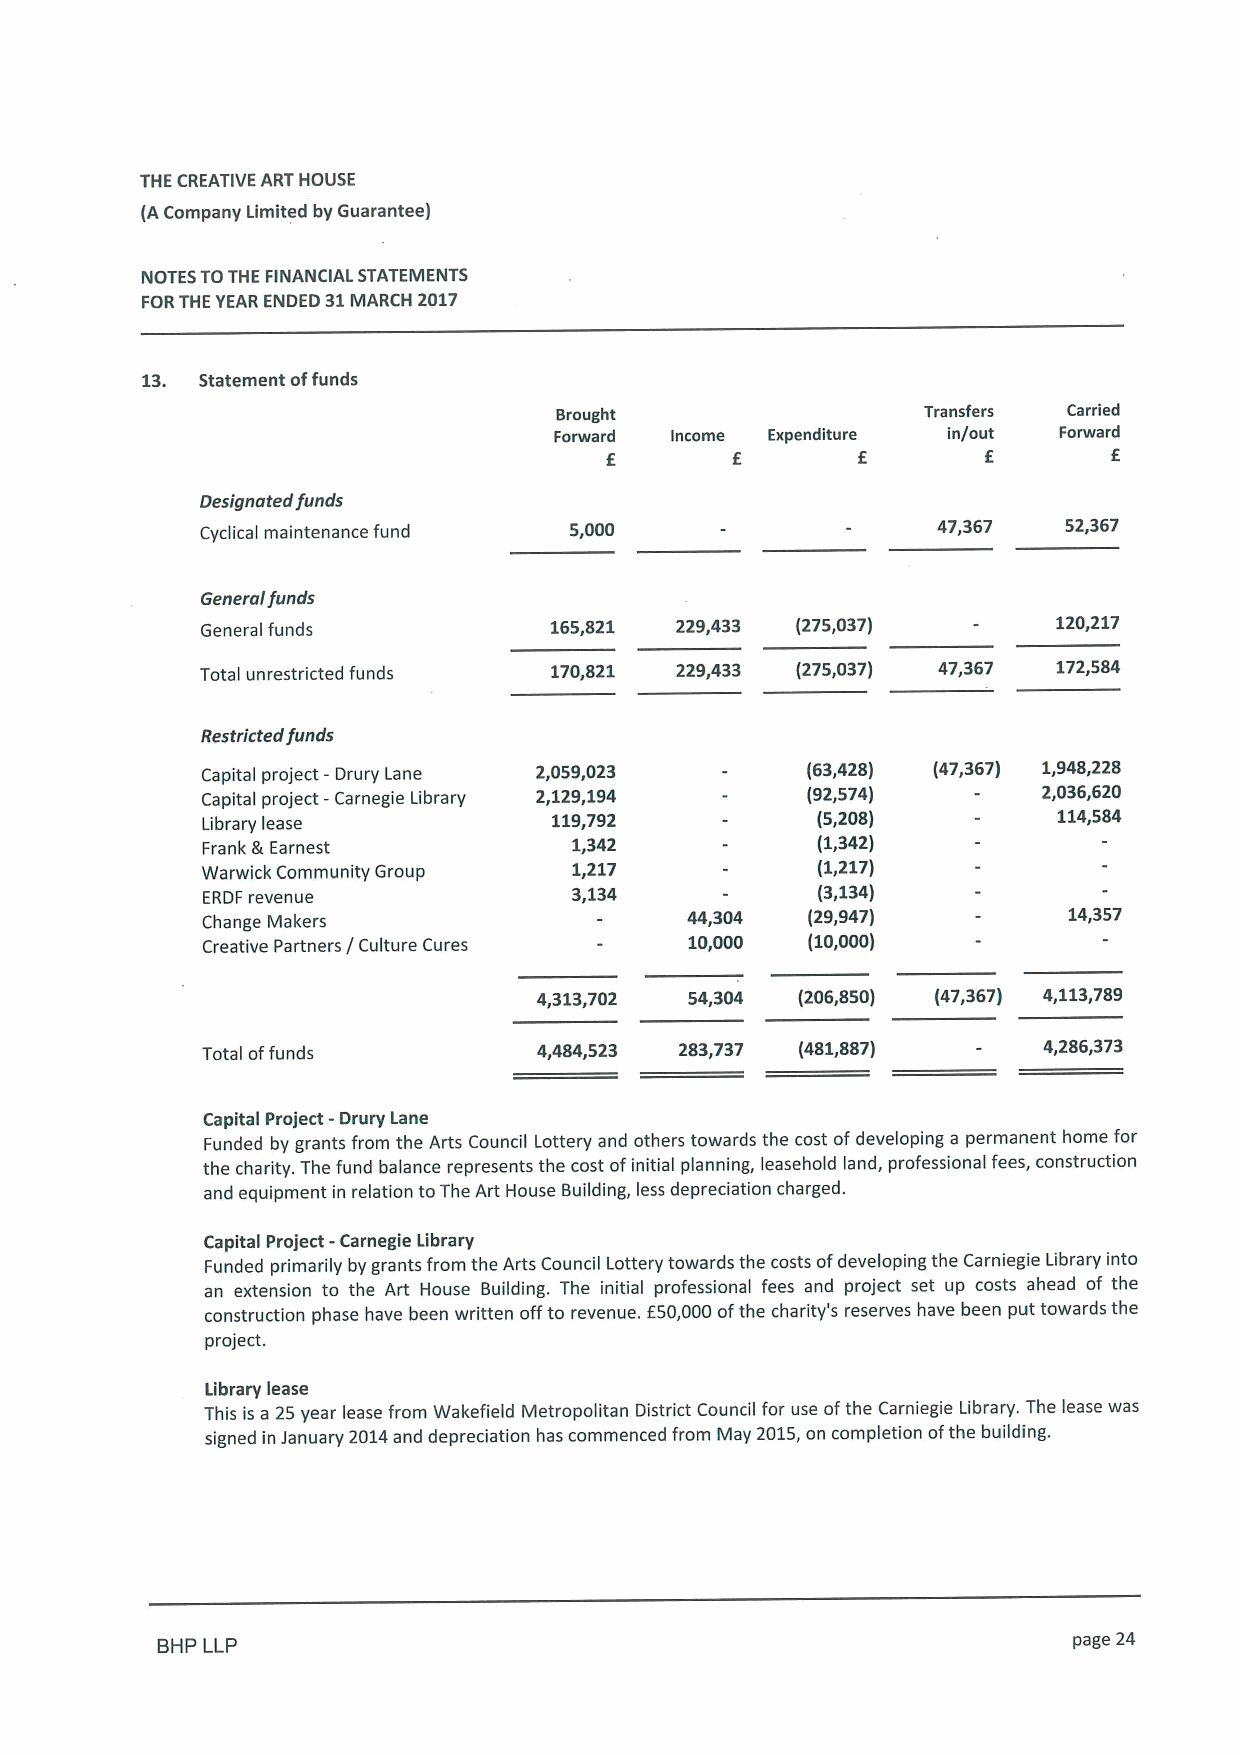
THE CREATIVE ART HOUSE
 (ACompany Limited by Guarantee)
 NOTES TOTHE FINANCIAL STATEMENTS
 FORTHEYEAR ENDED 31MARCH 2017
 13. Statement offunds
 Brought                 Transfers Carried
 Forward Income Expenditure in/out Forward
 E       E        E       E        E
 Designated funds
 Cyclical maintenance fund 5,000                  47,367   52,367
 General funds
 General funds          165,821  229,433 (275,037)        120,217
 Total unrestricted funds 170,821 229,433 (275,037) 47,367 172,584
 Restricted funds
 Capital project - Drury Lane 2,059,023  (63,428) (47,367) 1,948,228
 Capital project -Carnegie Library 2,129,194 (92,574)    2,036,620
 Library lease           119,792          (5,208)         114,584
 Frank &Earnest           1,342           (1,342)
 Warwick Community Group  1,217           (1,217)
 ERDF revenue             3,134           (3,134)
 Change Makers                   44,304  (29,947)          14,357
 Creative Partners / Culture Cures 10,000 (10,000)
 4,313,702 54,304 (206,850) (47,367) 4,113,789
 Total offunds          4,484,523 283,737 (481,887)      4,286,373
 Capital Project - Drury Lane
 Funded by grants from the Arts Council Lottery and others towards the cost ofdeveloping a permanent home for
 the charity. The fund balance represents the cost ofinitial planning, leasehold land, professional fees, construction
 and equipment in relation toThe Art House Building, less depreciation charged.
 Capital Project -Carnegie Library
 Funded primarily by grants from the Arts Council Lottery towards the costs ofdeveloping the Carniegie Library into
 an extension to the Art House Building. The initial professional fees and project set up costs ahead of the
 construction phase have been written offto revenue. f50,000ofthe charity's reserves have been put towards the
 project.
 Library lease
 This is a 25year lease from Wakefield Metropolitan District Council for use ofthe Carniegie Library. The lease was
 signed in January 2014and depreciation has commenced from May 2015,on completion ofthe building.
 BHP LLP                                                      page 24